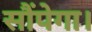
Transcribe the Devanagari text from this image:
सौंपेगा।